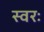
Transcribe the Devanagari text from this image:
स्वरः